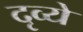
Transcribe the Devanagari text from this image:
दृव्ये